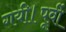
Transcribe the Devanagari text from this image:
गयी।पूर्वी